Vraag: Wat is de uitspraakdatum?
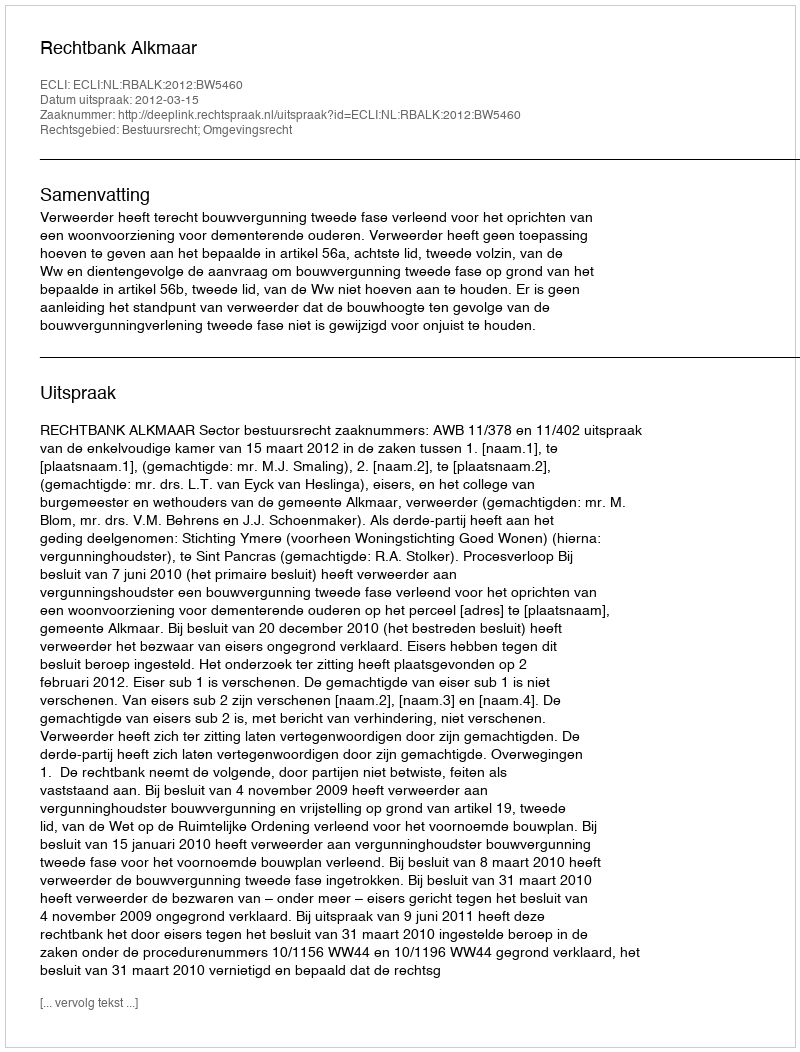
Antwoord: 2012-03-15